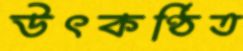
উৎকণ্ঠিত